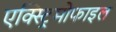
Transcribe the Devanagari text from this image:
एक्स्ट्रिमोफाइल